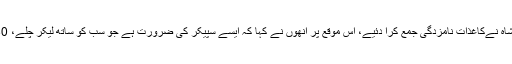
سپیکر قومی اسمبلی کیلئے اتحادی جماعتوں کے نامزد امیدوار خورشید شاہ نےکاغذات نامزدگی جمع کرا دئیے، اس موقع پر انھوں نے کہا کہ ایسے سپیکر کی ضرورت ہے جو سب کو ساتھ لیکر چلے، 30 سال سے پارليمنٹ ميں ہوں ہميشہ پارليمنٹ کی بالادستی کی بات کی۔